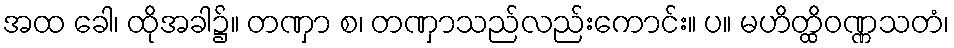
အထ ခေါ၊ ထိုအခါ၌။ တဏှာ စ၊ တဏှာသည်လည်းကောင်း။ ပ။ မဟိတ္ထိဝဏ္ဏသတံ၊